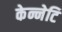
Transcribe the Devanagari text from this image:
केन्नेटि